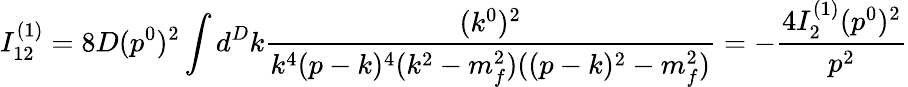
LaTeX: I_{12}^{(1)}=8D(p^{0})^{2}\int d^{D}k\frac{(k^{0})^{2}}{k^{4}(p-k)^{4}(k^{2}-m_{f}^{2})((p-k)^{2}-m_{f}^{2})}=-\frac{4I_{2}^{(1)}(p^{0})^{2}}{p^{2}}